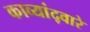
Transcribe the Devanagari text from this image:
काव्यांद्वारे